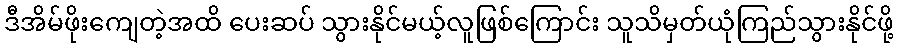
ဒီအိမ်ဖိုးကျေတဲ့အထိ ပေးဆပ် သွားနိုင်မယ့်လူဖြစ်ကြောင်း သူသိမှတ်ယုံကြည်သွားနိုင်ဖို့